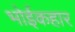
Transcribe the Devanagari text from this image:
भोईकहार